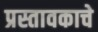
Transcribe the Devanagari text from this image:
प्रस्तावकाचे